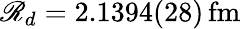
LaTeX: \mathscr{R}_{d}=2.1394(28)\, \mathrm{{fm}}